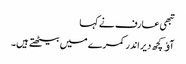
تبھی عارف نے کہا
آﺅ کچھ دیر اندر کمرے میں بیٹھتے ہیں۔